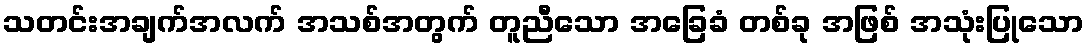
သတင်းအချက်အလက် အသစ်အတွက် တူညီသော အခြေခံ တစ်ခု အဖြစ် အသုံးပြုသော